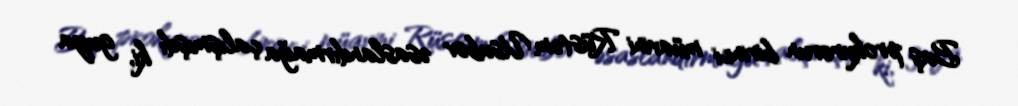
Baş prokurorun birinci müavini Rüstəm Usubov əsaslandırmağa çalışmışdı ki, guya